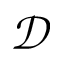
\mathcal { D }